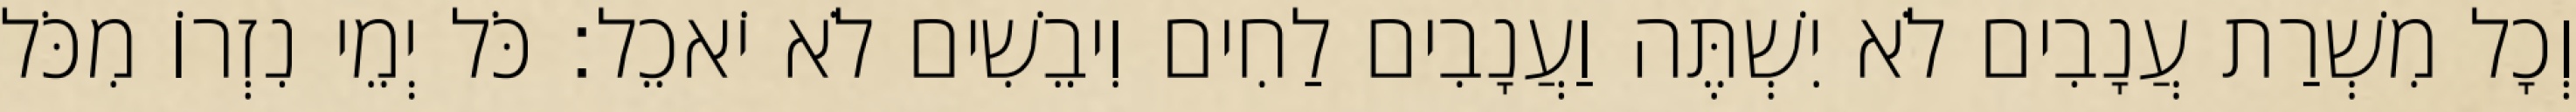
וְכָל מִשְׁרַת עֲנָבִים לֹא יִשְׁתֶּה וַעֲנָבִים לַחִים וִיבֵשִׁים לֹא יֹאכֵל׃ כֹּל יְמֵי נִזְרוֹ מִכֹּל